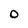
Character: O